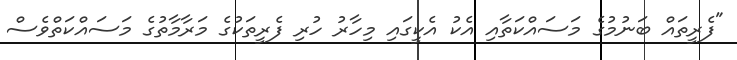
"ފެރީތައް ބަނުމުގެ މަސައްކަތާއި އެކު އެކީގައި މިހާރު ހުރި ފެރީތަކުގެ މަރާމާތުގެ މަސައްކަތްވެސް